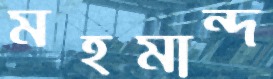
মহমান্দ